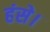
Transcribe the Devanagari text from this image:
हंसे।